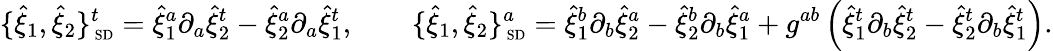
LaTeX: \{ {\hat{\xi}}_{1},{\hat{\xi}}_{2}\} _{\mathrm{\scriptsize~SD}}^{t}={\hat{\xi}}_{1}^{a}\partial_{a}{\hat{\xi}}_{2}^{t}-{\hat{\xi}}_{2}^{a}\partial_{a}{\hat{\xi}}_{1}^{t},\qquad\{ {\hat{\xi}}_{1},{\hat{\xi}}_{2}\} _{\mathrm{\scriptsize~SD}}^{a}={\hat{\xi}}_{1}^{b}\partial_{b}{\hat{\xi}}_{2}^{a}-{\hat{\xi}}_{2}^{b}\partial_{b}{\hat{\xi}}_{1}^{a}+g^{ab}\left({\hat{\xi}}_{1}^{t}\partial_{b}{\hat{\xi}}_{2}^{t}-{\hat{\xi}}_{2}^{t}\partial_{b}{\hat{\xi}}_{1}^{t}\right).